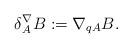
LaTeX: \begin{align*}\delta^\nabla_A B :=\nabla_{qA}B.\end{align*}